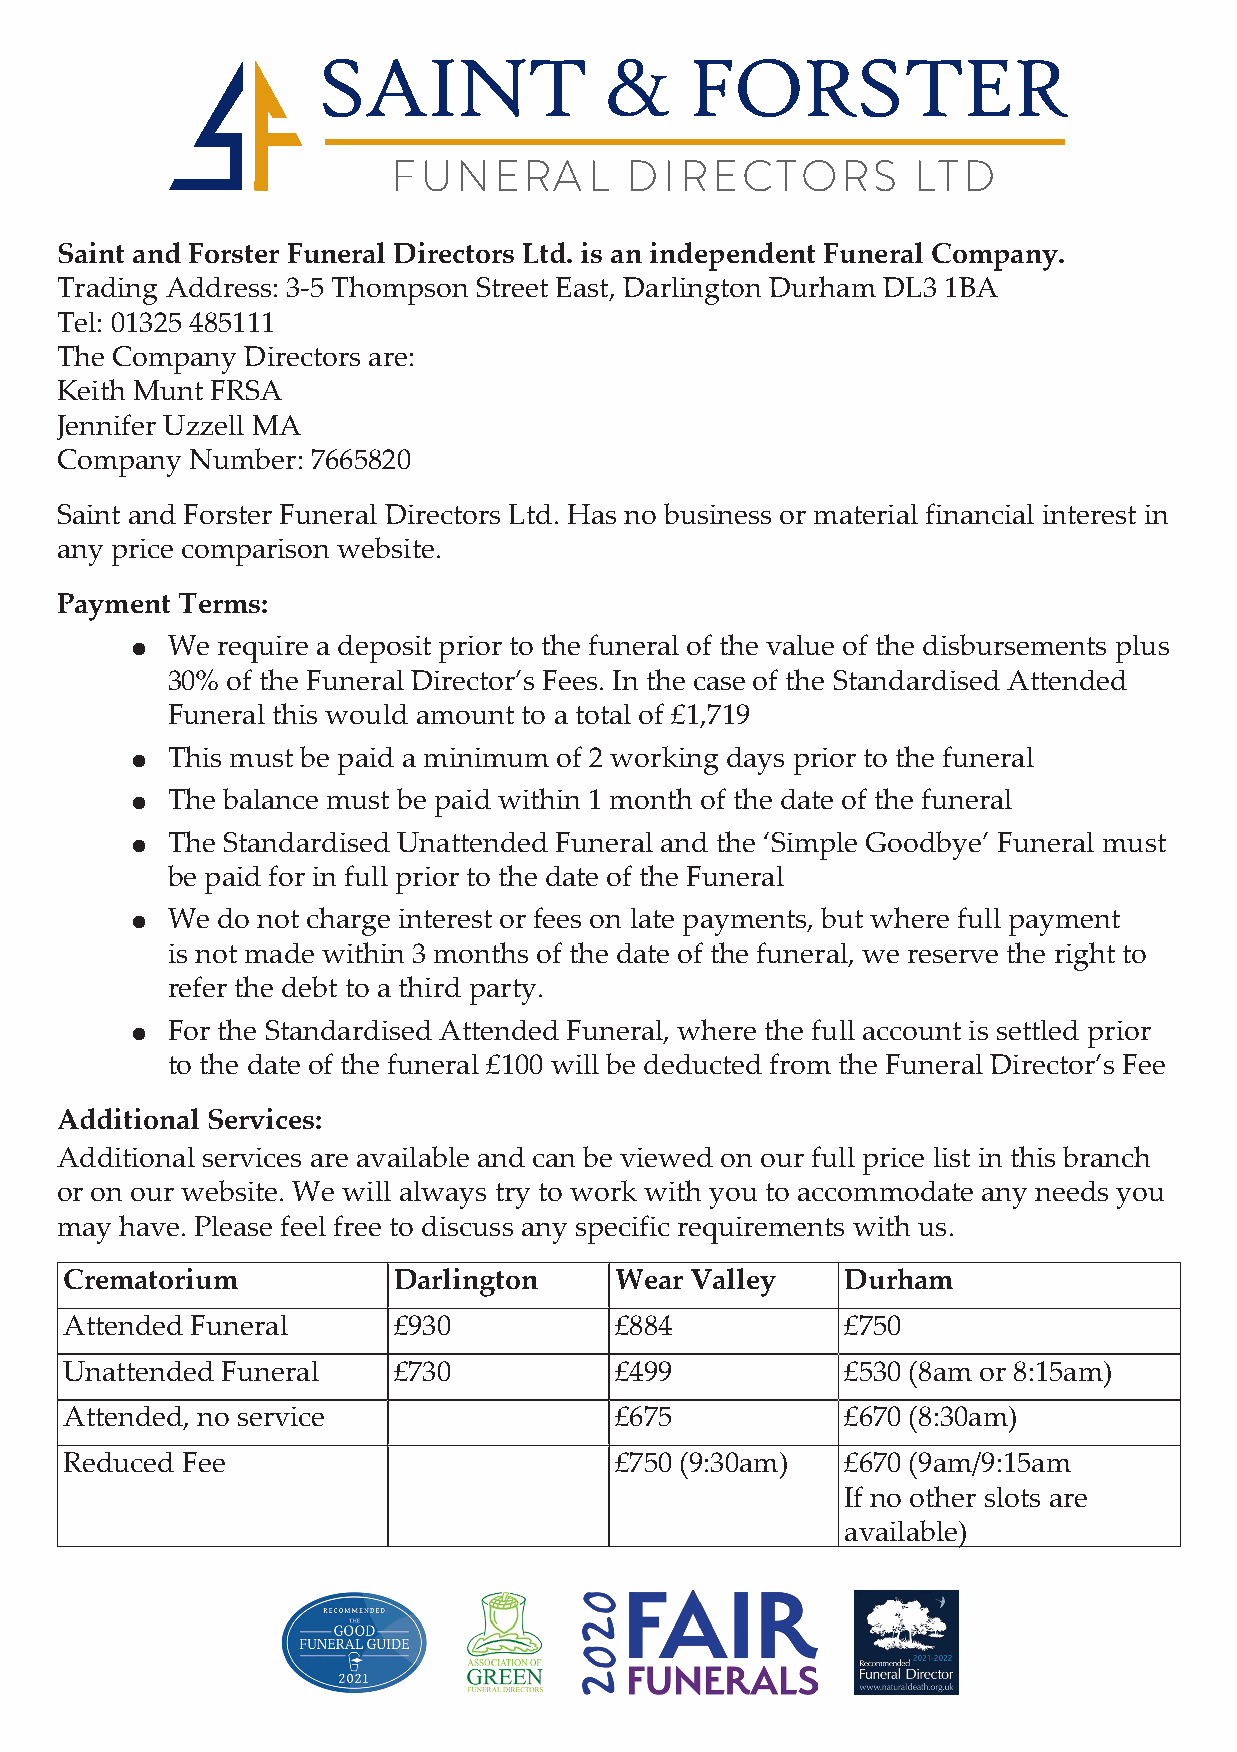
SAINT              &     FORSTER
 FUNERA       L  DIRECTORS          LTD
 Saint and Forster Funeral Directors Ltd. is an independent Funeral Company.
 Trading Address: 3-5 Thompson Street East, Darlington Durham DL3 1BA
 Tel: 01325 485111
 The Company Directors are:
 Keith Munt FRSA
 Jennifer Uzzell MA
 Company  Number: 7665820
 Saint and Forster Funeral Directors Ltd. Has no business or material financial interest in
 any price comparison website.
 Payment Terms:
 X We  require a deposit prior to the funeral of the value of the disbursements plus
 30% of the Funeral Director’s Fees. In the case of the Standardised Attended
 Funeral this would amount to a total of £1,719
 X This must be paid a minimum of 2 working days prior to the funeral
 X The balance must be paid within 1 month of the date of the funeral
 X The Standardised Unattended Funeral and the ‘Simple Goodbye’ Funeral must
 be paid for in full prior to the date of the Funeral
 X We  do not charge interest or fees on late payments, but where full payment
 is not made within 3 months of the date of the funeral, we reserve the right to
 refer the debt to a third party.
 X For the Standardised Attended Funeral, where the full account is settled prior
 to the date of the funeral £100 will be deducted from the Funeral Director’s Fee
 Additional Services:
 Additional services are available and can be viewed on our full price list in this branch
 or on our website. We will always try to work with you to accommodate any needs you
 may have. Please feel free to discuss any specific requirements with us.
 Crematorium          Darlington     Wear Valley    Durham
 Attended Funeral     £930           £884           £750
 Unattended Funeral   £730           £499           £530 (8am or 8:15am)
 Attended, no service                £675           £670 (8:30am)
 Reduced Fee                         £750 (9:30am)  £670 (9am/9:15am
 If no other slots are
 available)